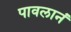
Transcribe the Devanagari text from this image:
पावलानं